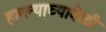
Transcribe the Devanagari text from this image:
हल्ल्याच्यावेळी